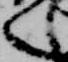
言